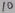
Text: 10